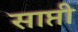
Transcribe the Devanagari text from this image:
साप्ती